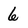
Character: 6